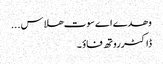
وھدے اے سوت ھلاس ...
ڈاکٹرروتھ فاؤ ۔